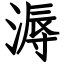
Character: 溽